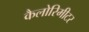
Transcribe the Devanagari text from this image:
कैलोरिमीटर